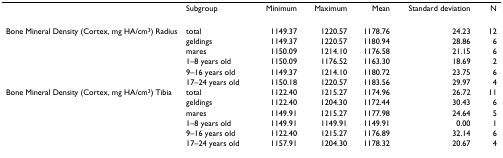
<table><thead><tr><td></td><td><b>Subgroup</b></td><td><b>Minimum</b></td><td><b>Maximum</b></td><td><b>Mean</b></td><td><b>Standard deviation</b></td><td><b>N</b></td></tr></thead><tbody><tr><td>Bone Mineral Density (Cortex, mg HA/cm<sup>3</sup>) Radius</td><td>total</td><td>1149.37</td><td>1220.57</td><td>1178.76</td><td>24.23</td><td>12</td></tr><tr><td></td><td>geldings</td><td>1149.37</td><td>1220.57</td><td>1180.94</td><td>28.86</td><td>6</td></tr><tr><td></td><td>mares</td><td>1150.09</td><td>1214.10</td><td>1176.58</td><td>21.15</td><td>6</td></tr><tr><td></td><td>1–8 years old</td><td>1150.09</td><td>1176.52</td><td>1163.30</td><td>18.69</td><td>2</td></tr><tr><td></td><td>9–16 years old</td><td>1149.37</td><td>1214.10</td><td>1180.72</td><td>23.75</td><td>6</td></tr><tr><td></td><td>17–24 years old</td><td>1150.18</td><td>1220.57</td><td>1183.56</td><td>29.97</td><td>4</td></tr><tr><td>Bone Mineral Density (Cortex, mg HA/cm<sup>3</sup>) Tibia</td><td>total</td><td>1122.40</td><td>1215.27</td><td>1174.96</td><td>26.72</td><td>11</td></tr><tr><td></td><td>geldings</td><td>1122.40</td><td>1204.30</td><td>1172.44</td><td>30.43</td><td>6</td></tr><tr><td></td><td>mares</td><td>1149.91</td><td>1215.27</td><td>1177.98</td><td>24.64</td><td>5</td></tr><tr><td></td><td>1–8 years old</td><td>1149.91</td><td>1149.91</td><td>1149.91</td><td>0.00</td><td>1</td></tr><tr><td></td><td>9–16 years old</td><td>1122.40</td><td>1215.27</td><td>1176.89</td><td>32.14</td><td>6</td></tr><tr><td></td><td>17–24 years old</td><td>1157.91</td><td>1204.30</td><td>1178.32</td><td>20.67</td><td>4</td></tr></tbody></table>